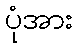
ပုံအား